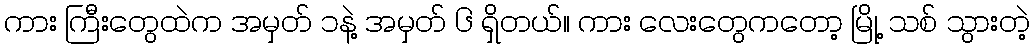
ကား ကြီးတွေထဲက အမှတ် ၁နဲ့ အမှတ် ၆ ရှိတယ်။ ကား လေးတွေကတော့ မြို့ သစ် သွားတဲ့